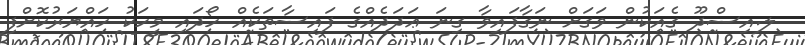
ލ.އިސްދޫ ގެއަކުން ވަގަށް ނަގާފައިވާ ގިނަ ޢަދަދެއްގެ ފައިސާތަކެއް ހޯދައި މީހަކު ހައްޔަރުކޮށްފި